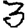
Digit: 3